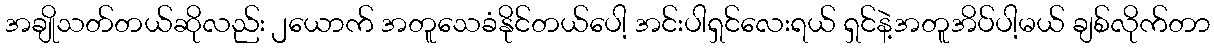
အချိုသတ်တယ်ဆိုလည်း ၂ယောက် အတူသေခံနိုင်တယ်ပေါ့ အင်းပါရှင်လေးရယ် ရှင်နဲ့အတူအိပ်ပါ့မယ် ချစ်လိုက်တာ